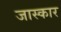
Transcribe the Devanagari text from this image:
जास्कार